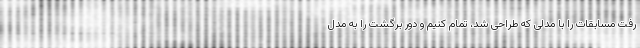
رفت مسابقات را با مدلی که طراحی شد، تمام کنیم و دور برگشت را به مدل